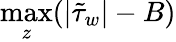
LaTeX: \operatorname*{max}_{z}(|\tilde{\tau}_{w}|-B)